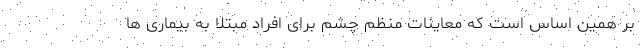
بر همین اساس است که معاینات منظم چشم برای افراد مبتلا به بیماری ها